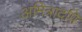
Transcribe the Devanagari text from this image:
अमित्रादपि